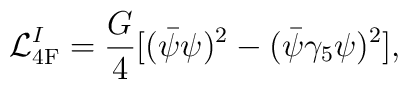
{\cal L}^I_{\rm 4F}=\frac{G}{4}[(\bar{\psi}\psi)^2-(\bar{\psi}\gamma_5\psi)^2],